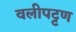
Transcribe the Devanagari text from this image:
वलीपट्टण